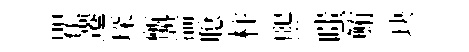
瞿遷琛甑湍聪柱煕嗤鮪玦